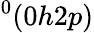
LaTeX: ^{0}(0h2p)